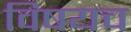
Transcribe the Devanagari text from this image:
विषयच